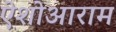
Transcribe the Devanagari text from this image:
ऐशोआराम